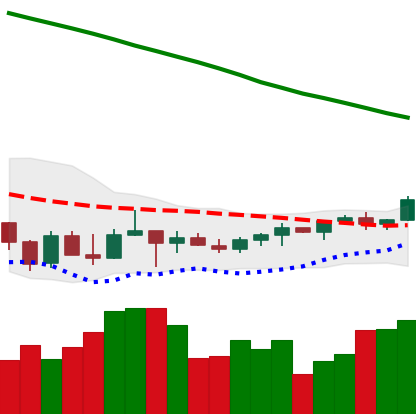
Ticker: TRX-USD
Chart end date: 2022-03-22
Forward return: 9.087%
Label: up_7plus